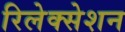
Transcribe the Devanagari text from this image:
रिलेक्सेशन